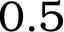
0 . 5